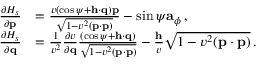
\begin{array} { r l } { \frac { \partial { \cal H } _ { s } } { \partial { \bf p } } } & { = \frac { v \left( \cos \psi + { \bf h } \cdot \mathbf { q } \right) { \bf p } } { \sqrt { 1 - v ^ { 2 } ( { \bf p } \cdot { \bf p } ) } } - \sin \psi { \bf a } _ { \phi } \, , } \\ { \frac { \partial { \cal H } _ { s } } { \partial { \bf q } } } & { = \frac { 1 } { v ^ { 2 } } \frac { \partial v } { \partial { \bf q } } \frac { \left( \cos \psi + { \bf h } \cdot \mathbf { q } \right) } { \sqrt { 1 - v ^ { 2 } ( { \bf p } \cdot { \bf p } ) } } - \frac { { \bf h } } { v } \sqrt { 1 - v ^ { 2 } ( { \bf p } \cdot { \bf p } ) } \, . } \end{array}